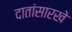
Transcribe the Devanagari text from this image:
दातांसारखे